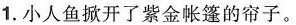
1.小人鱼掀开了紫金帐篷的帘子。